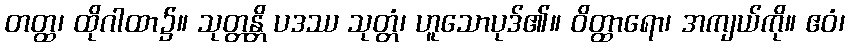
တတ္ထ၊ ထိုဂါထာ၌။ သုတ္တန္တိ ပဒဿ သုတ္တံ၊ ဟူသောပုဒ်၏။ ဝိတ္ထာရော၊ အကျယ်ကို။ ဧဝံ၊